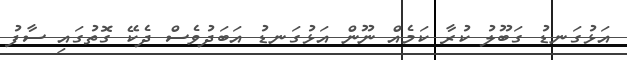
އަޅުގަނޑު ގަބޫލު ކުރާ ކަމެއް ނޫން އަޅުގަނޑު އަބަދުވެސް ދެކޭ ގޮތުގައި ސާފު